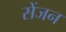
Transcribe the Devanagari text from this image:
सेंजन